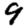
Digit: 9